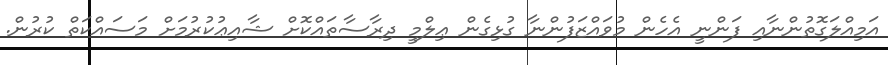
އަމިއްލަގޮތުންނާއި ފަންނީ އެހެން މުވައްޒަފުންނާ ގުޅިގެން ޢިލްމީ ދިރާސާތައްކޮށް ޝާއިޢުކުރުމަށް މަސައްކަތް ކުރުން.